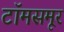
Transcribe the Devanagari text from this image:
टॉमसमूर